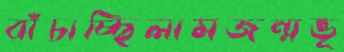
বাঁচাচ্ছিলামজন্মভূ